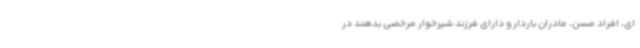
ای، افراد مسن، مادران باردار و دارای فرزند شیرخوار مرخصی بدهند در